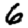
Digit: 6